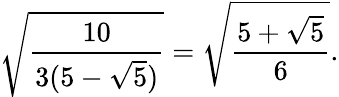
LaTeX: {\sqrt{\frac{10}{3(5-{\sqrt{5}})}}}={\sqrt{\frac{5+{\sqrt{5}}}{6}}}.